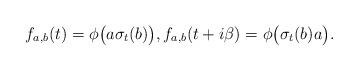
LaTeX: \begin{align*}f_{a,b}(t)=\phi\big(a\sigma_t(b)\big),f_{a,b}(t+i\beta)=\phi\big(\sigma_t(b)a\big).\end{align*}